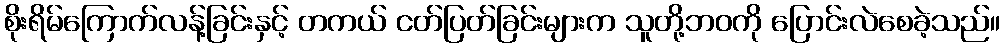
စိုးရိမ်ကြောက်လန့်ခြင်းနှင့် တကယ် ငတ်ပြတ်ခြင်းများက သူတို့ဘဝကို ပြောင်းလဲစေခဲ့သည်။